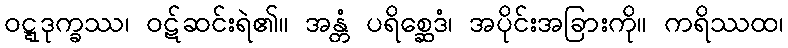
ဝဋ္ဋဒုက္ခဿ၊ ဝဋ်ဆင်းရဲ၏။ အန္တံ ပရိစ္ဆေဒံ၊ အပိုင်းအခြားကို။ ကရိဿထ၊